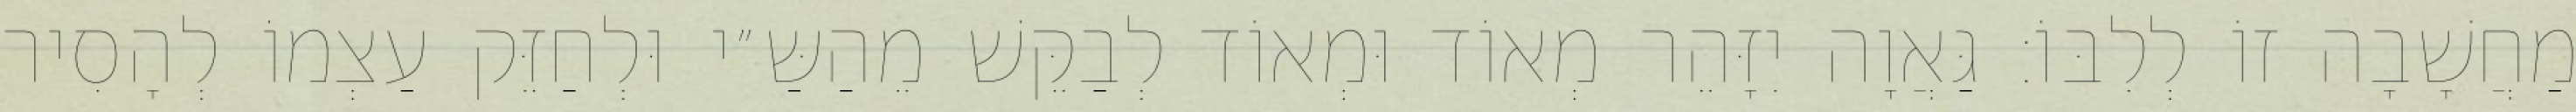
מַחֲשָׁבָה זוֹ לְלִבּוֹ: גַּאֲוָה יִזָּהֵר מְאוֹד וּמְאוֹד לְבַקֵּשׁ מֵהַשַּ״י וּלְחַזֵּק עַצְמוֹ לְהָסִיר